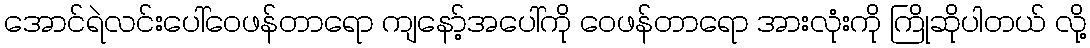
အောင်ရဲလင်းပေါ်ဝေဖန်တာရော ကျနော့်အပေါ်ကို ဝေဖန်တာရော အားလုံးကို ကြိုဆိုပါတယ် လို့